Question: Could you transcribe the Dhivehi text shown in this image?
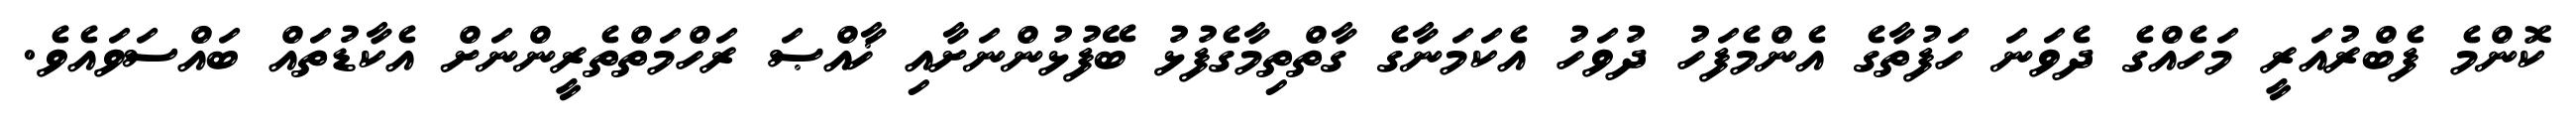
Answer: ކޮންމެ ފެބްރުއަރީ މަހެއްގެ ދެވަނަ ހަފުތާގެ އެންމެފަހު ދުވަހު އެކަމަނާގެ ގާތްތިމާގެފުޅު ބޭފުޅުންނަށާއި ޚާއްޞަ ރަހްމަތްތެރީންނަށް އެކާޑުތައް ބައްސަވައެވެ.